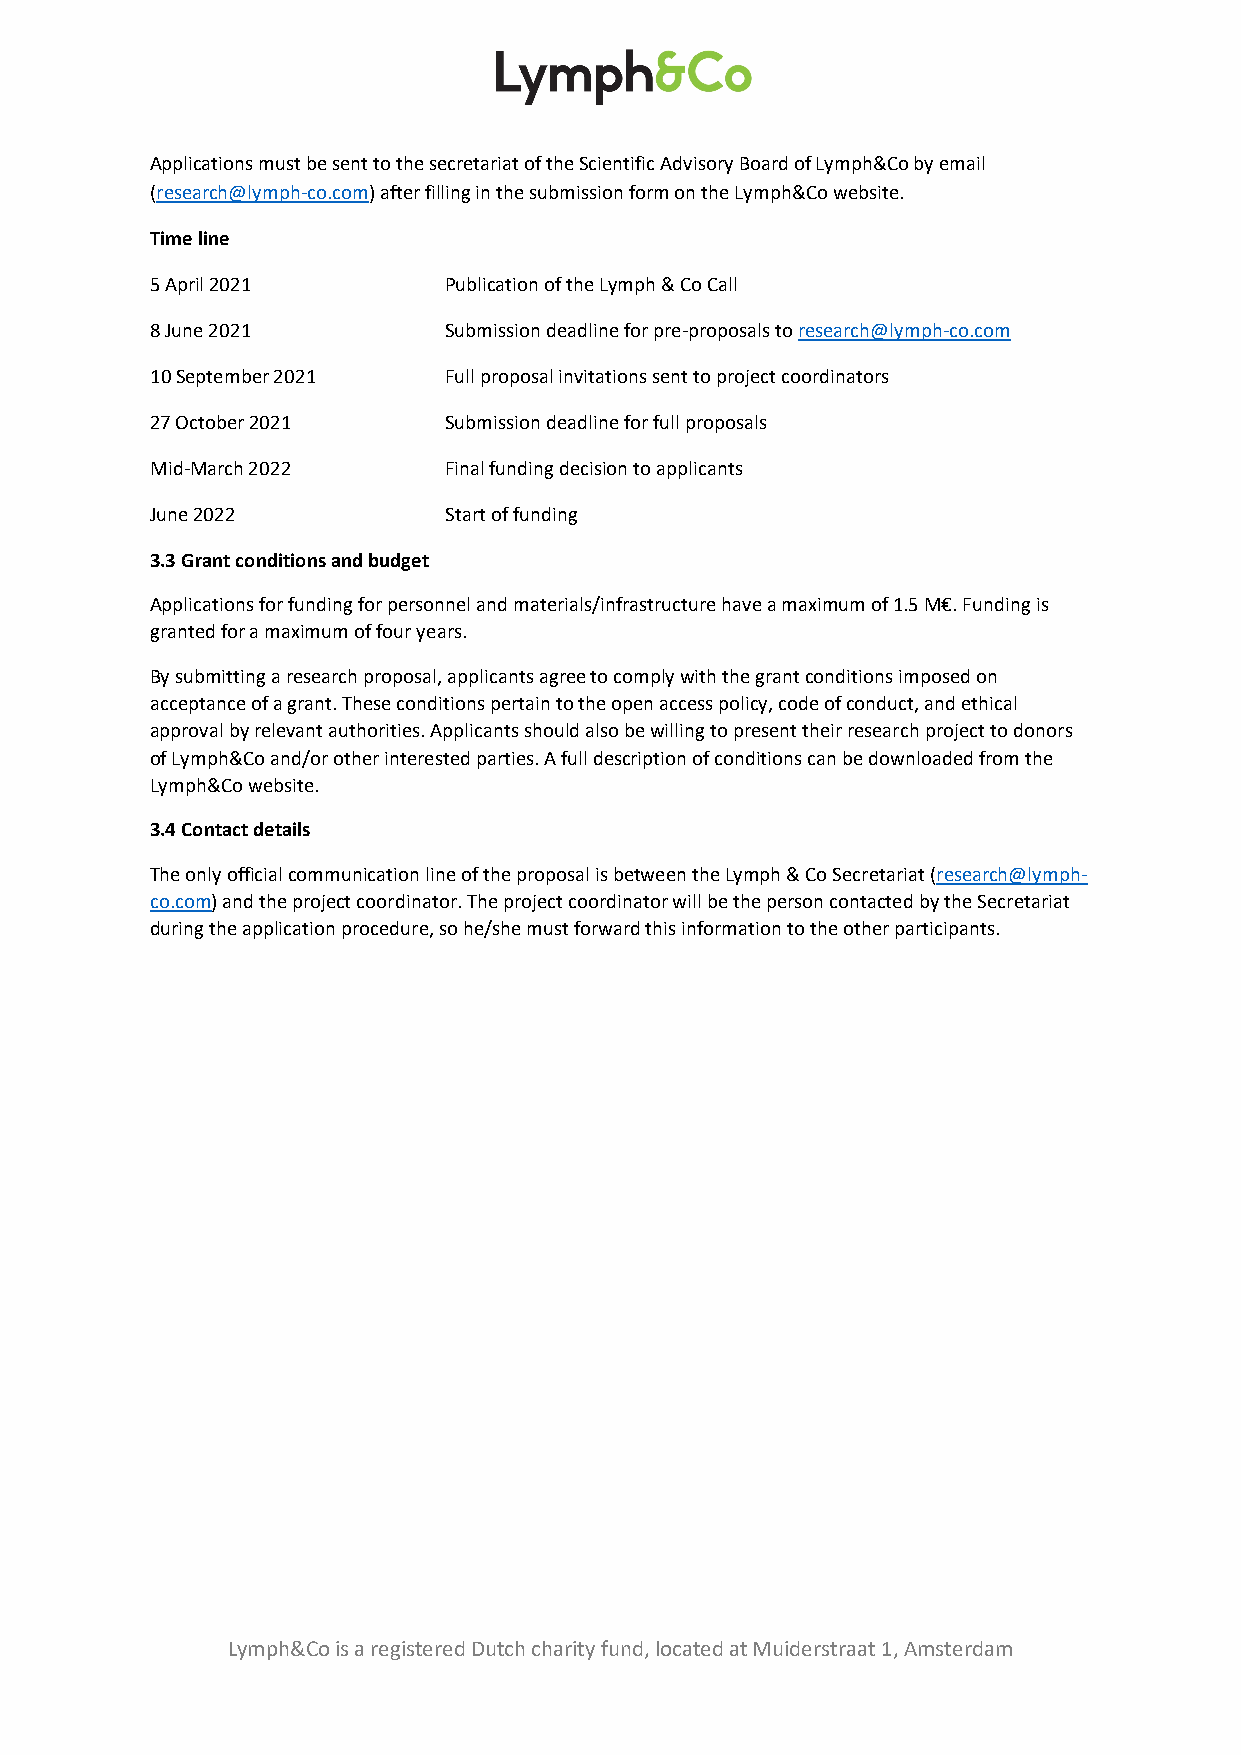
Applications must be sent to the secretariat of the Scientific Advisory Board of Lymph&Co by email
 (research@lymph-co.com) after filling in the submission form on the Lymph&Co website.
 Time line
 5 April 2021       Publication of the Lymph & Co Call
 8 June 2021        Submission deadline for pre-proposals to research@lymph-co.com
 10 September 2021  Full proposal invitations sent to project coordinators
 27 October 2021    Submission deadline for full proposals
 Mid-March 2022     Final funding decision to applicants
 June 2022          Start of funding
 3.3 Grant conditions and budget
 Applications for funding for personnel and materials/infrastructure have a maximum of 1.5 M€. Funding is
 granted for a maximum of four years.
 By submitting a research proposal, applicants agree to comply with the grant conditions imposed on
 acceptance of a grant. These conditions pertain to the open access policy, code of conduct, and ethical
 approval by relevant authorities. Applicants should also be willing to present their research project to donors
 of Lymph&Co and/or other interested parties. A full description of conditions can be downloaded from the
 Lymph&Co website.
 3.4 Contact details
 The only official communication line of the proposal is between the Lymph & Co Secretariat (research@lymph-
 co.com) and the project coordinator. The project coordinator will be the person contacted by the Secretariat
 during the application procedure, so he/she must forward this information to the other participants.
 Lymph&Co is a registered Dutch charity fund, located at Muiderstraat 1, Amsterdam